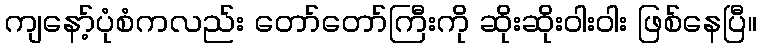
ကျနော့်ပုံစံကလည်း တော်တော်ကြီးကို ဆိုးဆိုးဝါးဝါး ဖြစ်နေပြီ။